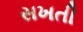
સખતી